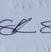
Signature authenticity: genuine